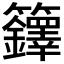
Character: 𮇁